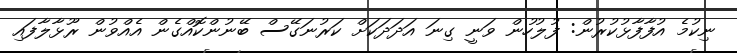
ނިކުމެ އުފާފާޅުކުރުން: ފުލުހުން ވަނީ ގިނަ އަދަދަކަށް ކަރުނަގޭސް ބޭނުންކޮއްގެން އެއްވުން ރޫޅާލާފައި